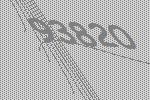
93820